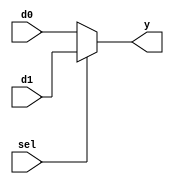
module mux2#(parameter M=32)(input [M-1:0]d0,input [M-1:0]d1,input sel,output [M-1:0]y);

	assign y = sel ? d1:d0;

endmodule


module mux2_tb;

	parameter M=32;
	
	reg [M-1:0]d0,d1;
	reg sel;
	wire [M-1:0]y;
	
	mux2 #(M)DUT(.d0(d0),.d1(d1),.sel(sel),.y(y));
	
	initial
	begin
		d0 = 0;
		d1 = 1;#1;
		
		sel = 0;#1;
		$display("%d",y);#1;
		
		sel = 1;#1;
		$display("%d",y);#1;
	end

endmodule